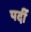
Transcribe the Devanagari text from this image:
पर्दी